Indian journal of veterinary science and animal husbandry - Volume 8,
Year: 1938
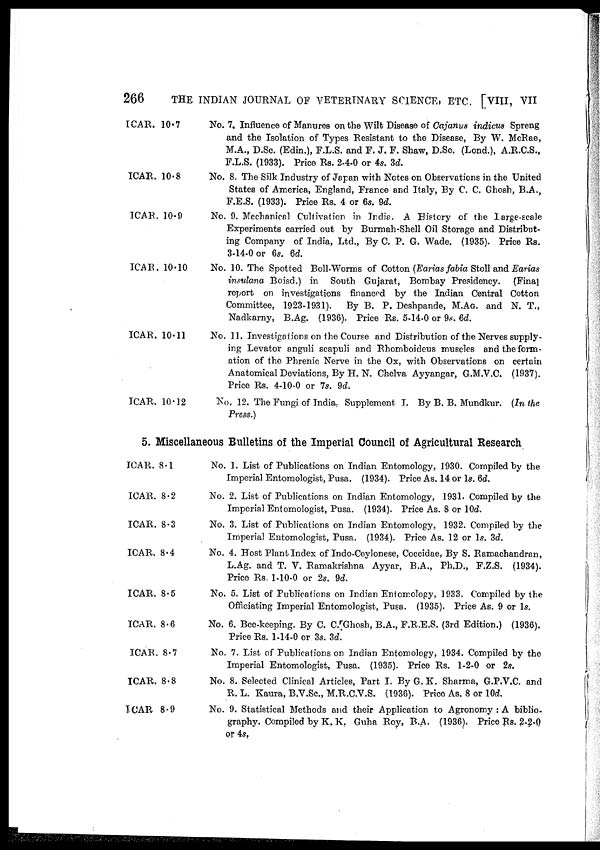
266
THE INDIAN JOURNAL OF VETERINARY SCIENCE, ETC. [VIII, VII
ICAR. 10.7
ICAR. 10.8
ICAR. 10.9
ICAR. 10.10
ICAR. 10.11
ICAR. 10.12
No. 7. Influence of Manures on the Wilt Disease of Cajanus indicus Spreng
and the Isolation of Types Resistant to the Disease, By W. McRae,
M.A., D.Sc. (Edin.), F.L.S. and F. J. F. Shaw, D.Sc. (Land.), A.R.C.S.,
F.L.S. (1933). Price Rs. 2-4-0 or 4s. 3d.
No. 8. The Silk Industry of Japan with Notes on Observations in the United
States of America, England, France and Italy, By C. C. Ghosh, B.A.,
F.E.S. (1933). Price Rs. 4 or 6s. 9d.
No. 9. Mechanical Cultivation in India. A History of the Large-scale
Experiments carried out by Burmah-Shell Oil Storage and Distribut-
ing Company of India, Ltd., By C. P. G. Wade. (1935). Price Rs.
3-14-0 or 6s. 6d.
No. 10. The Spotted Boll-Worms of Cotton (Earias fabia Stoll and Earias
insulana Boisd.) in South Gujarat, Bombay Presidency. (Final
report on investigations financed by the Indian Central Cotton
Committee, 1923-1931). By B. P. Deshpande, M.AG. and N. T.,
Nadkarny, B.Ag. (1936). Price Rs. 5-14-0 or 9s. 6d.
No. 11. Investigations on the Course and Distribution of the Nerves supply-
ing Levator anguli scapuli and Rhomboideus muscles and the form-
ation of the Phrenic Nerve in the Ox, with Observations on certain
Anatomical Deviations, By H. N. Chelva Ayyangar, G.M.V.C. (1937).
Price Rs. 4-10-0 or 7s. 9d.
No. 12. The Fungi of India, Supplement I. By B. B. Mundkur. (In the
Press.)
5. Miscellaneous Bulletins of the Imperial Council of Agricultural Research
ICAR. 8.1
ICAR. 8.2
ICAR. 8.3
ICAR. 8.4
ICAR. 8.5
ICAR. 8.6
ICAR. 8.7
ICAR. 8.8
ICAR 8.9
No. 1. List of Publications on Indian Entomology, 1930. Compiled by the
Imperial Entomologist, Pusa. (1934). Price As. 14 or 1s. 6d.
No. 2. List of Publications on Indian Entomology, 1931. Compiled by the
Imperial Entomologist, Pusa. (1934). Price As. 8 or 10d.
No. 3. List of Publications on Indian Entomology, 1932. Compiled by the
Imperial Entomologist, Pusa. (1934). Price As. 12 or 1s. 3d.
No. 4. Host Plant Index of Indo-Ceylonese, Coccidae, By S. Ramachandran,
L.Ag. and T. V. Ramakrishna Ayyar, B.A., Ph.D., F.Z.S. (1934).
Price Rs. 1-10-0 or 2s. 9d.
No. 5. List of Publications on Indian Entomology, 1933. Compiled by the
Officiating Imperial Entomologist, Pusa. (1935). Price As. 9 or 1s.
No. 6. Bee-keeping. By C. C. Ghosh, B.A., F.R.E.S. (3rd Edition.) (1936).
Price Rs. 1-14-0 or 3s. 3d.
No. 7. List of Publications on Indian Entomology, 1934. Compiled by the
Imperial Entomologist, Pusa. (1935). Price Rs. 1-2-0 or 2s.
No. 8. Selected Clinical Articles, Part I. By G. K. Sharma, G.P.V.C. and
R.L. Kaura, B.V.Sc., M.R.C.V.S. (1936). Price As. 8 or 10d.
No. 9. Statistical Methods and their Application to Agronomy : A biblio-
graphy. Compiled by K. K. Guha Roy, B.A. (1936). Price Rs. 2-2-0
or 4s.